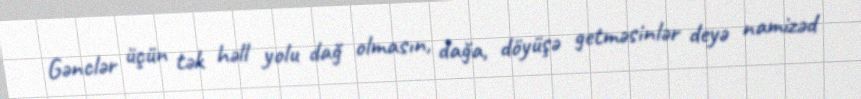
Gənclər üçün tək həll yolu dağ olmasın, dağa, döyüşə getməsinlər deyə namizəd